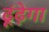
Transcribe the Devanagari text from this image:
ढूंढ़ेगा